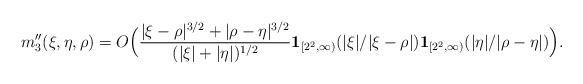
LaTeX: \begin{align*} m''_3(\xi,\eta,\rho) = O \Big( \frac{|\xi-\rho|^{3/2} + |\rho-\eta|^{3/2}}{(|\xi|+|\eta|)^{1/2}} \mathbf{1}_{[2^2,\infty)} (|\xi|/|\xi-\rho|) \mathbf{1}_{[2^2,\infty)} (|\eta|/|\rho-\eta|) \Big) .\end{align*}